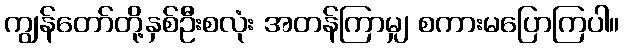
ကျွန်တော်တို့နှစ်ဦးစလုံး အတန်ကြာမျှ စကားမပြောကြပါ။